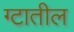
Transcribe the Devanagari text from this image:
ग्टातील